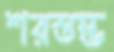
শরস্তম্ভ